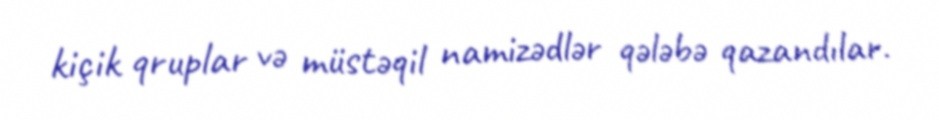
kiçik qruplar və müstəqil namizədlər qələbə qazandılar.